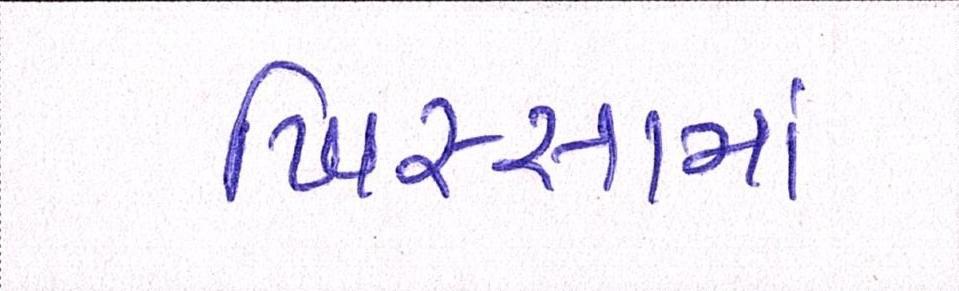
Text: ખિસ્સામાં